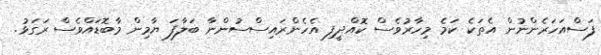
ފަސްއަހަރެންނުން އެތަކެ ކަމެ މިހާރުވެސް ކޮއްދީފި އެހެންރައިސްސުންނާ ބަލާފަ ޔާމިން މާބޮޑައްވެސް ރަގަޅު.